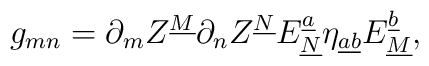
g_{mn}=\partial_mZ^{\underline M}\partial_n Z^{\underline N}E^{\underline{a}}_{\underline N} \eta_{\underline{a}\underline{b}}E^{\underline{b}}_{\underline M},